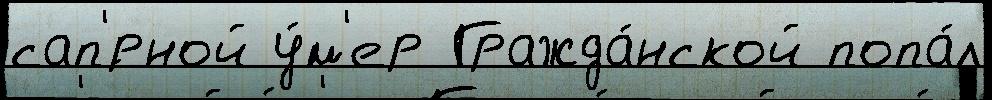
сап'́рной у́м'ер Гражда́нской попа́л